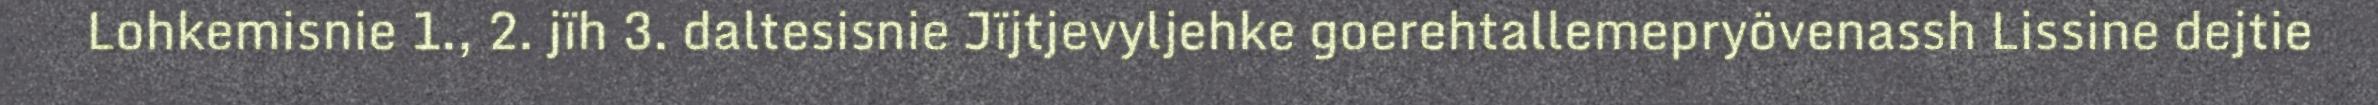
Lohkemisnie 1., 2. jïh 3. daltesisnie Jïjtjevyljehke goerehtallemepryövenassh Lissine dejtie